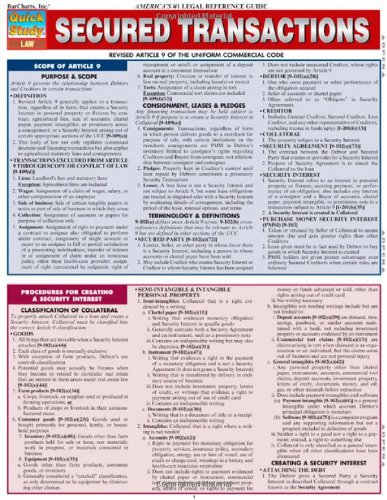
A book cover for Secured Transactions (Quick Study: Law); Inc. BarCharts; Law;